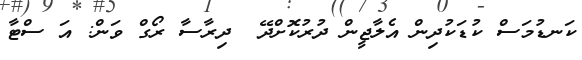
ކަނޑުމަސް ކުޑަކުދިން އެލާޖީން ދުރުކޮށްދޭ  ދިރާސާ ރޯގް ވަން: އަ ސްޓާ